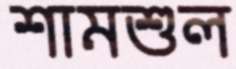
শামশুল